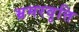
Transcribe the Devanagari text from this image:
भ्रमरवृत्ति